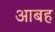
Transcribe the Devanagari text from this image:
आबह